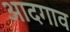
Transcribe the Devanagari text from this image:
आदगाव